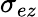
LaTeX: \sigma_{ez}